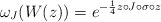
\begin{align*}{\omega}_{J}(W(z)) = {e}^{-{\frac 1 4} z\circ J\circ\sigma\circ z}\end{align*}